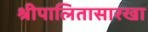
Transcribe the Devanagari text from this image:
श्रीपालितासारखा